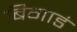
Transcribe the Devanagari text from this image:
बिगाडं